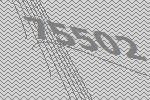
75502